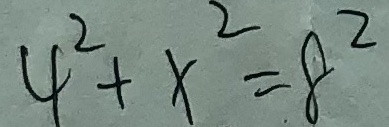
4 ^ { 2 } + x ^ { 2 } = 8 ^ { 2 }